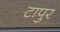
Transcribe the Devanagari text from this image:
टापुर